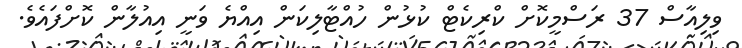
ވިލިއާސް 37 ރަސްމީކޮށް ކްރިކެޓް ކުޅުން ހުއްޓާލިކަން އިއްޔެ ވަނީ އިއުލާން ކޮށްފައެވެ.